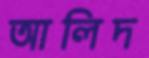
আলিদ